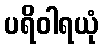
ပရိဝါရယုံ